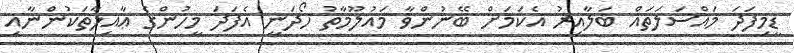
ޑީމިފަދަ މައްސަލަތައް ބަލާއިރު އެކަމަށް ބޭނުންވާ މައުލޫމާތު ހޯދަނީ އެފަދަ މީހުންގެ ޢާއިލާތަކުންނާއި